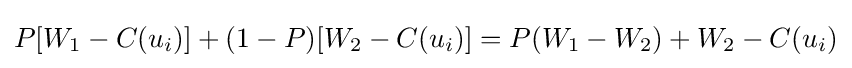
P[W_{1}-C(u_{i})]+(1-P)[W_{2}-C(u_{i})]=P(W_{1}-W_{2})+W_{2}-C(u_{i})